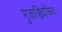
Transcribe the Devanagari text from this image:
मुक्तश्चिदक्रियः